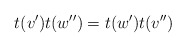
\begin{align*}t(v')t(w'')=t(w')t(v'')\end{align*}